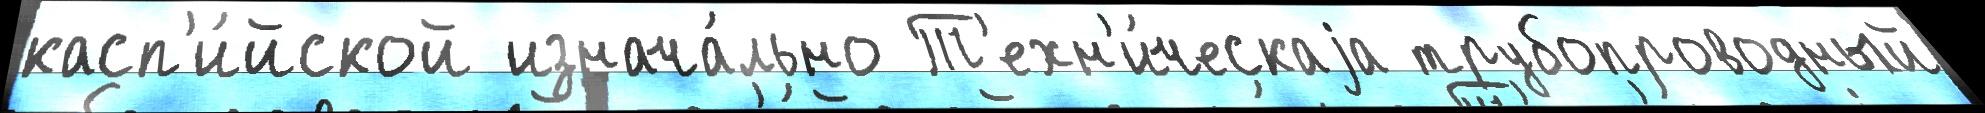
касп'и́йской изнача́льно Т'ехн'и́ческаjа трубопроводный